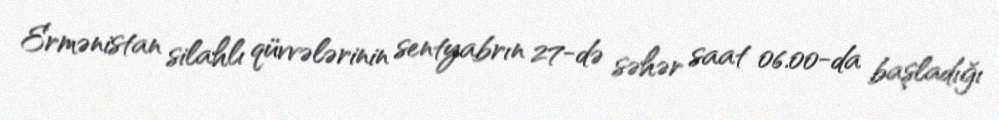
Ermənistan silahlı qüvvələrinin sentyabrın 27-də səhər saat 06.00-da başladığı